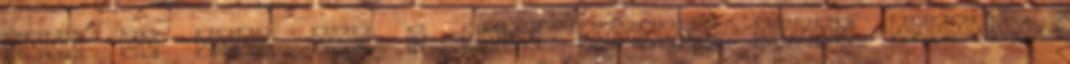
hogy ez biza nem a zene nyelvén szól. Igazság